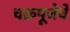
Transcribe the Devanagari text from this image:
चक्रपूजेचे